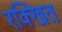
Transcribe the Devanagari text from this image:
रक्खित